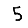
Digit: 5